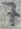
Text: 7